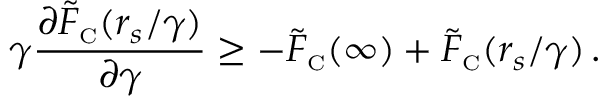
\gamma \frac { \partial \tilde { F } _ { \scriptscriptstyle \mathrm { C } } ( r _ { s } / \gamma ) } { \partial \gamma } \geq - \tilde { F } _ { \scriptscriptstyle \mathrm { C } } ( \infty ) + \tilde { F } _ { \scriptscriptstyle \mathrm { C } } ( r _ { s } / \gamma ) \, .